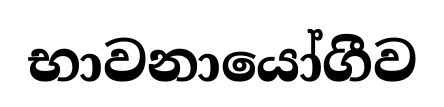
භාවනායෝගීව